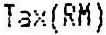
TAX(RM)